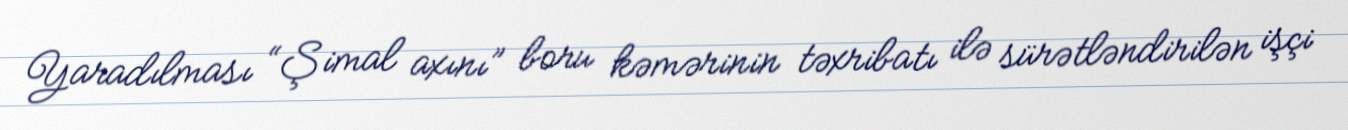
Yaradılması “Şimal axını” boru kəmərinin təxribatı ilə sürətləndirilən işçi